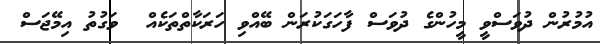
އުމުރުން ދުވަސްވީ މީހުންގެ ދުވަސް ފާހަގަކުރަން ބޭއްވި ހަރަކާތްތަކެއް  ވަގުތު އިމޭޖަސް